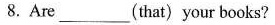
8.Are___(that)your books?